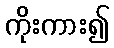
ကိုးကား၍